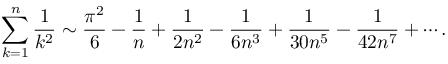
\sum _ { k = 1 } ^ { n } { \frac { 1 } { k ^ { 2 } } } \sim { \frac { \pi ^ { 2 } } { 6 } } - { \frac { 1 } { n } } + { \frac { 1 } { 2 n ^ { 2 } } } - { \frac { 1 } { 6 n ^ { 3 } } } + { \frac { 1 } { 3 0 n ^ { 5 } } } - { \frac { 1 } { 4 2 n ^ { 7 } } } + \cdots .